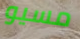
مسيو